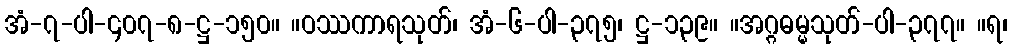
အံ-၇-ပါ-၄၀၇-၈-ဋ္ဌ-၁၅၀။ ။ဝဿကာရသုတ်၊ အံ-၆-ပါ-၃၇၅၊ ဋ္ဌ-၁၃၉။ ။အဂ္ဂဓမ္မသုတ်-ပါ-၃၇၇။ ။ရ၊